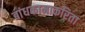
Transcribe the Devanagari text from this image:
बांधकामाकरिता